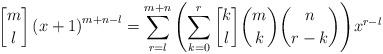
LaTeX: \begin{align*} \begin{aligned} {m \brack l} \left( x+1 \right)^{m+n-l} & = \sum_{r=l}^{m+n}{{ \left( \sum_{k=0}^{r}{{k \brack l}{m \choose k}{n \choose r-k}} \right) }x^{r-l}} \end{aligned} \end{align*}